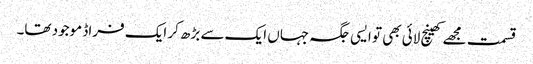
قسمت مجھے کھینچ لائی بھی تو ایسی جگہ جہاں ایک سے بڑھ کر ایک فراڈ موجود تھا۔